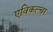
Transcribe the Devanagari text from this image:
एविकल्चर